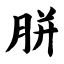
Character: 胼